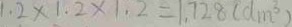
1 . 2 \times 1 . 2 \times 1 . 2 = 1 . 7 2 8 ( d m ^ { 3 } )